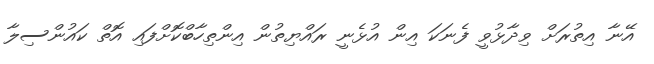
އޭނާ އިތުރަށް ވިދާޅުވީ ފެނަކަ އިން އުޅެނީ ރައްޔިތުން އިންތިހާބްކޮށްފައި އޮތް ކައުންސިލާ